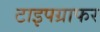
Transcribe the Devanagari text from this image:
टाइपग्राफर